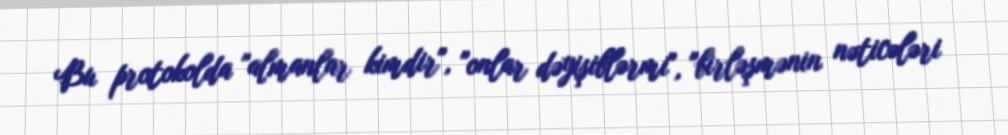
Bu protokolda "almanlar kimdir", "onlar dəyişiblərmi", "birləşmənin nəticələri